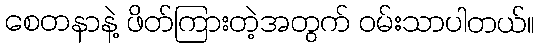
စေတနာနဲ့ ဖိတ်ကြားတဲ့အတွက် ဝမ်းသာပါတယ်။